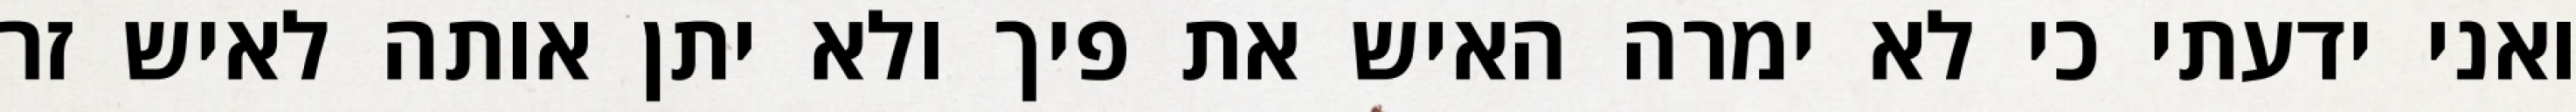
ואני ידעתי כי לא ימרה האיש את פיך ולא יתן אותה לאיש זר